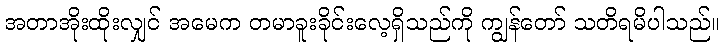
အတာအိုးထိုးလျှင် အမေက တမာခူးခိုင်းလေ့ရှိသည်ကို ကျွန်တော် သတိရမိပါသည်။